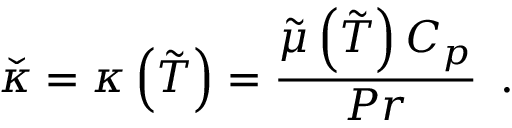
\check { \kappa } = \kappa \left( \tilde { T } \right) = \frac { \tilde { \mu } \left( \tilde { T } \right) C _ { p } } { P r } \, \mathrm { ~ . ~ }